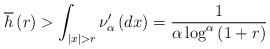
LaTeX: \begin{align*}\overline{h}\left( r\right) >\int_{\left\vert x\right\vert >r}\nu _{\alpha}^{\prime }\left( dx\right) =\frac{1}{\alpha \log ^{\alpha }\left(1+r\right) } \end{align*}